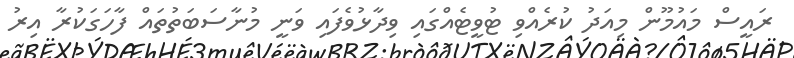
ރައީސް މައުމޫން މިއަދު ކުރެއްވި ޓުވީޓެއްގައި ވިދާޅުވެފައި ވަނީ މުނާސަބަތުތައް ފާހަގަކުރާ އިރު